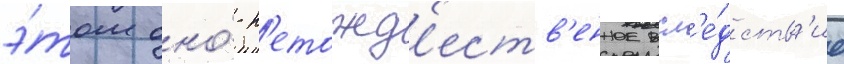
э́том оно́ н'етожд'еств'енное всл'е́дств'ие